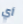
أي